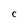
Character: C